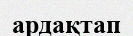
ардақтап